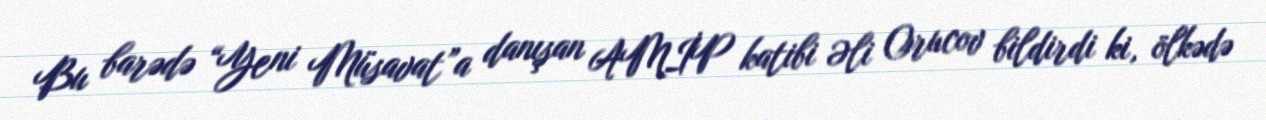
Bu barədə “Yeni Müsavat”a danışan AMİP katibi Əli Orucov bildirdi ki, ölkədə